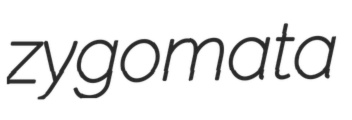
zygomata